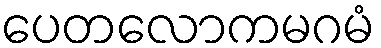
ပေတလောကမဂမံ